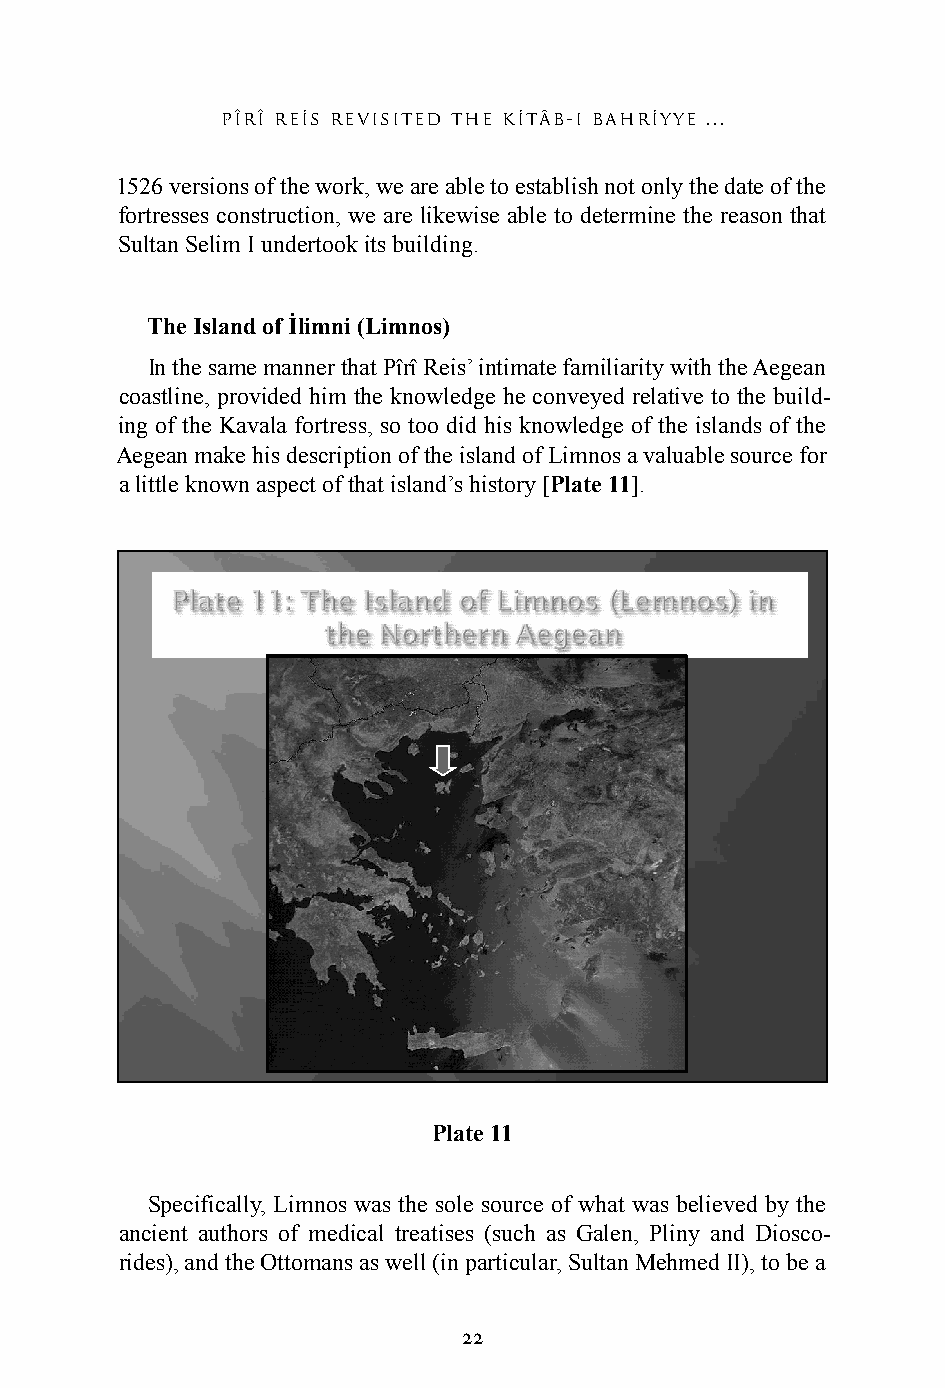
pîrî res revisited the ktâb-ı bahryye ...
 1526 versions of the work, we are able to establish not only the date of the
 fortresses construction, we are likewise able to determine the reason that
 Sultan Selim I undertook its building.
 The Island of İlimni (Limnos)
 In the same manner that Pîrî Reis’ intimate familiarity with the Aegean
 coastline, provided him the knowledge he conveyed relative to the build-
 ing of the Kavala fortress, so too did his knowledge of the islands of the
 Aegean make his description of the island of Limnos a valuable source for
 a little known aspect of that island’s history [Plate 11].
 Plate 11
 Specifically, Limnos was the sole source of what was believed by the
 ancient authors of medical treatises (such as Galen, Pliny and Diosco-
 rides), and the Ottomans as well (in particular, Sultan Mehmed II), to be a
 22